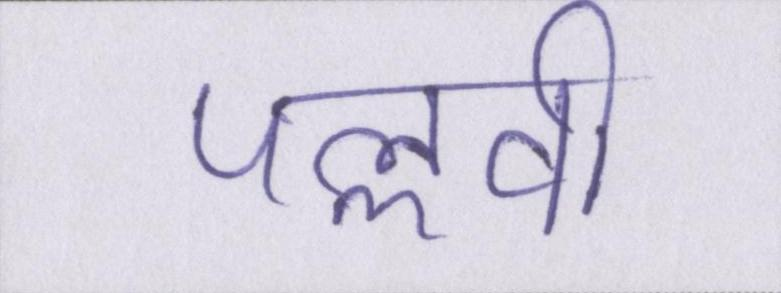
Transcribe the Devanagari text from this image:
पल्लवी